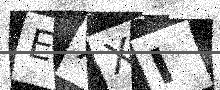
Text: EXXI